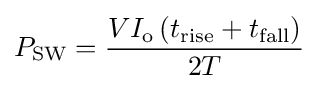
P_{\text{SW}}={\frac {VI_{\text{o}}\left(t_{\text{rise}}+t_{\text{fall}}\right)}{2T}}